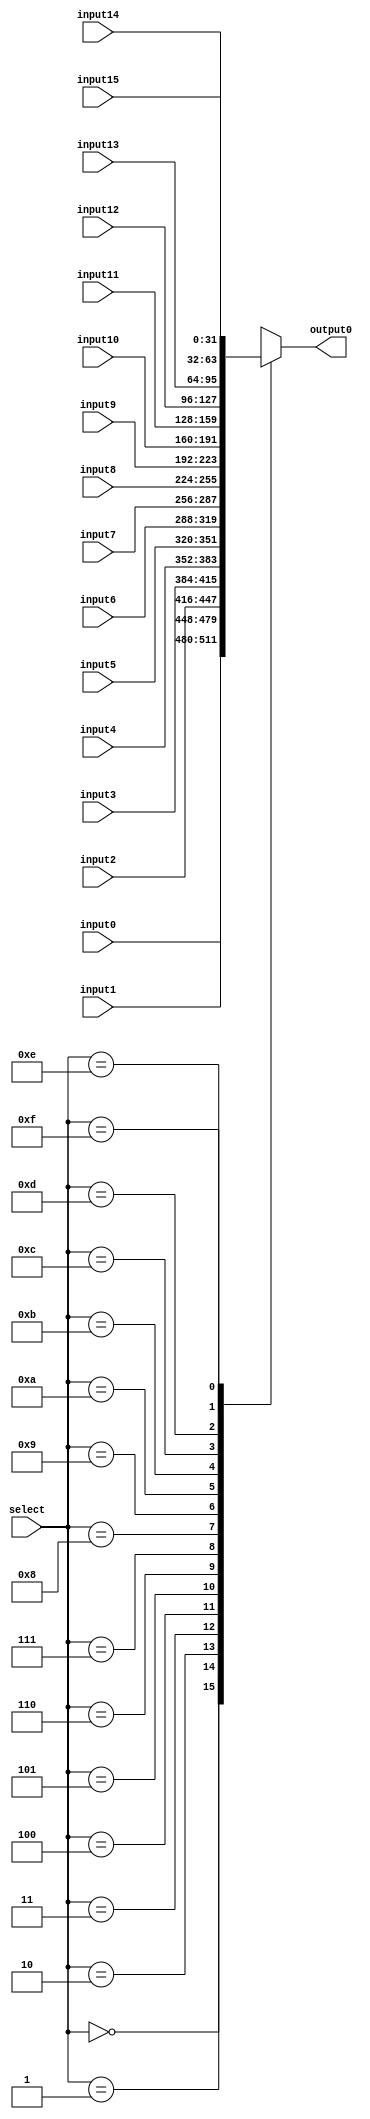
module mux16to1_32bit(input0, input1, input2, input3, input4, input5, input6, input7, input8, input9, input10, input11, input12, input13, input14, input15, select, output0);
input[31:0] input0, input1, input2, input3, input4, input5, input6, input7, input8, input9, input10, input11, input12, input13, input14, input15;
input [3:0] select;
output reg [31:0] output0;

always @(*)
begin
case(select)
4'b0000:	output0 = input0;
4'b0001:	output0 = input1;
4'b0010:	output0 = input2;
4'b0011:	output0 = input3;
4'b0100:	output0 = input4;
4'b0101:	output0 = input5;
4'b0110:	output0 = input6;
4'b0111:	output0 = input7;
4'b1000:	output0 = input8;
4'b1001:	output0 = input9;
4'b1010:	output0 = input10;
4'b1011:	output0 = input11;
4'b1100:	output0 = input12;
4'b1101:	output0 = input13;
4'b1110:	output0 = input14;
4'b1111:	output0 = input15;
endcase
end
endmodule